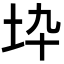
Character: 𡉻